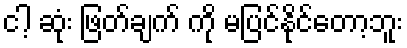
ငါ့ ဆုံး ဖြတ်ချက် ကို မပြင်နိုင်တော့ဘူး